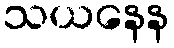
သယနေန